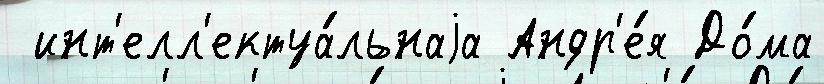
 инт'елл'ектуа́льнаjа Андр'е́я До́ма